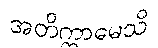
အတိက္ကာမေသိ